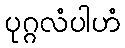
ပုဂ္ဂလံပါဟံ